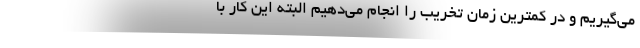
می‌گیریم و در کمترین زمان تخریب را انجام می‌دهیم البته این کار با